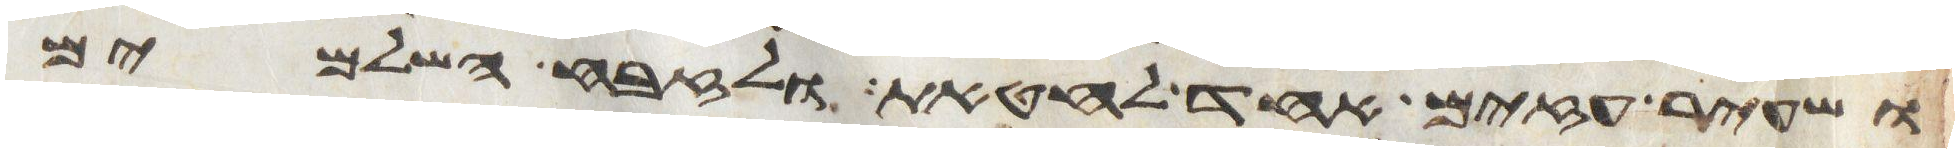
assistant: ושעיר עזים אחד לחטאת ולזבח השלמים